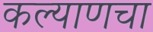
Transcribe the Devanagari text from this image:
कल्याणचा